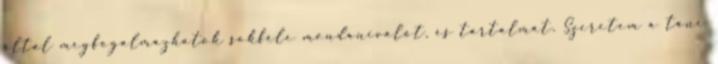
által megfogalmazhatok sokféle mondanivalót, és tartalmat. Szeretem a tánc